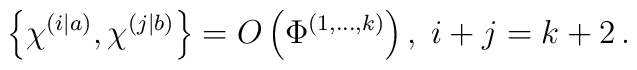
\left\{  \chi^{\left(  i|a\right)  },\chi^{\left(  j|b\right)  }\right\}=O\left(  \Phi^{\left(  1,...,k\right)  }\right)  ,\;i+j=k+2\,.